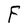
Character: F